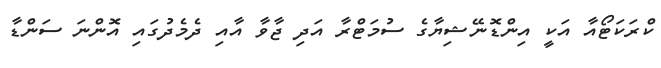
ކްރަކަޓޯއާ އަކީ އިންޑޮނޭޝިޔާގެ ސުމަޓްރާ އަދި ޖާވާ އާއި ދެމެދުގައި އޮންނަ ސަންޑާ